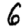
Digit: 6